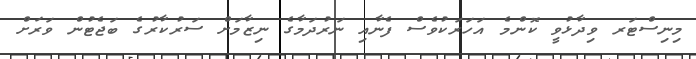
މިނިސްޓަރ ވިދާޅުވީ ކޮންމެ އަހަރަކުވެސް ފެނާއި ނަރުދަމާގެ ނިޒާމަށް ސަރުކާރުގެ ބަޖެޓުން ވަަރަށް